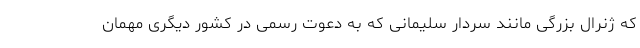
که ژنرال بزرگی مانند سردار سلیمانی که به دعوت رسمی در کشور دیگری مهمان